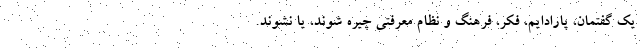
یک گفتمان، پارادایم، فکر، فرهنگ و نظام معرفتی چیره شوند، یا نشوند.